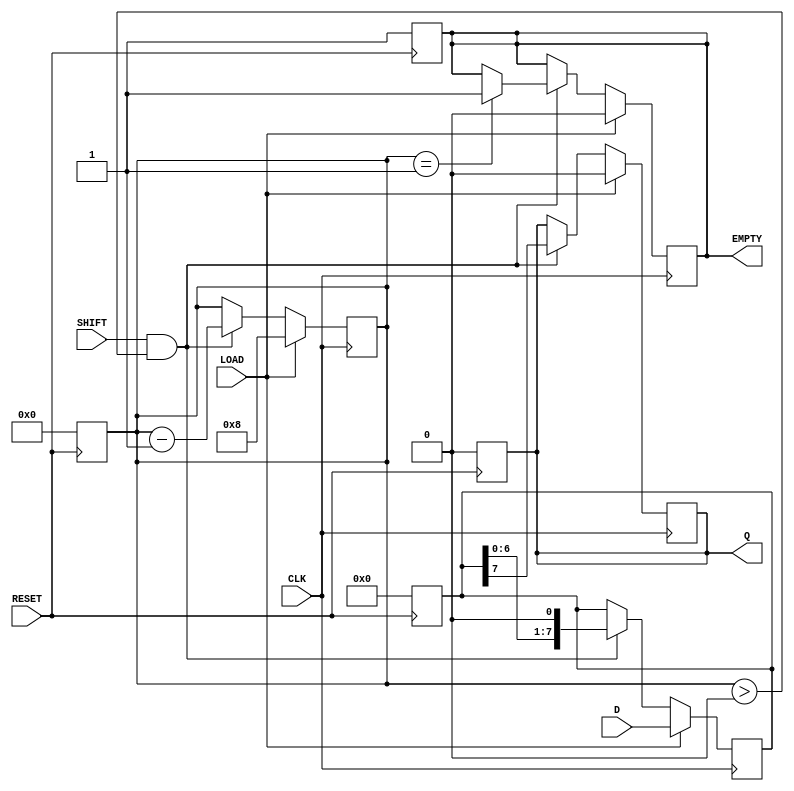
module PISO_Register #(
    parameter WIDTH = 8  // Parameter to set the width of the register
)(
    input wire [WIDTH-1:0] D,       // Parallel data input
    input wire LOAD,                 // Load control signal
    input wire SHIFT,                // Shift control signal
    input wire CLK,                  // Clock signal
    input wire RESET,                // Asynchronous reset signal
    output reg Q,                    // Serial output
    output reg EMPTY                 // Output indicates if the register is empty
);

    // Internal register to hold the parallel data
    reg [WIDTH-1:0] shift_reg;
    reg [3:0] count; // Counter to track the number of bits shifted out

    // Asynchronous reset
    always @(posedge RESET) begin
        shift_reg <= {WIDTH{1'b0}}; // Clear the shift register
        Q <= 1'b0;                  // Clear the serial output
        EMPTY <= 1'b1;              // Register is empty
        count <= 0;                 // Reset the counter
    end

    // Synchronous operations on clock edge
    always @(posedge CLK) begin
        if (LOAD) begin
            shift_reg <= D;          // Load parallel data into the shift register
            Q <= 1'b0;              // Initialize Q to 0 when loading
            EMPTY <= 1'b0;          // Register is not empty after loading
            count <= WIDTH;         // Set the count to WIDTH
        end
        else if (SHIFT && count > 0) begin
            Q <= shift_reg[WIDTH-1]; // Output the MSB
            shift_reg <= {shift_reg[WIDTH-2:0], 1'b0}; // Shift left
            count <= count - 1;     // Decrement the count
            if (count == 1) begin
                EMPTY <= 1'b1;       // Assert EMPTY when all bits are shifted out
            end
        end
    end

endmodule